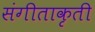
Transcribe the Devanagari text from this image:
संगीताकृती